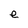
Character: e